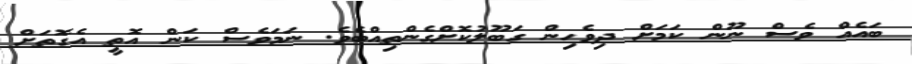
ބައެއް ވެސް ނޫން ކަމަށް ދިވެހިން ގަބޫލުކޮށްގެންތިއްބެވެ. ނަމަވެސް ކަން އޮތީ އެގޮތަށް